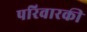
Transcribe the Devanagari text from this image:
परिवारकी